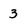
Character: 3